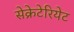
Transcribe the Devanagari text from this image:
सेक्रेटेरियेट